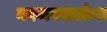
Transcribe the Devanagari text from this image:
कामस्वातंत्र्य